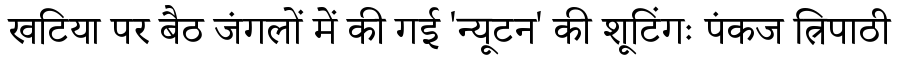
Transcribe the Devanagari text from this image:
खटिया पर बैठ जंगलों में की गई 'न्यूटन' की शूटिंगः पंकज त्रिपाठी